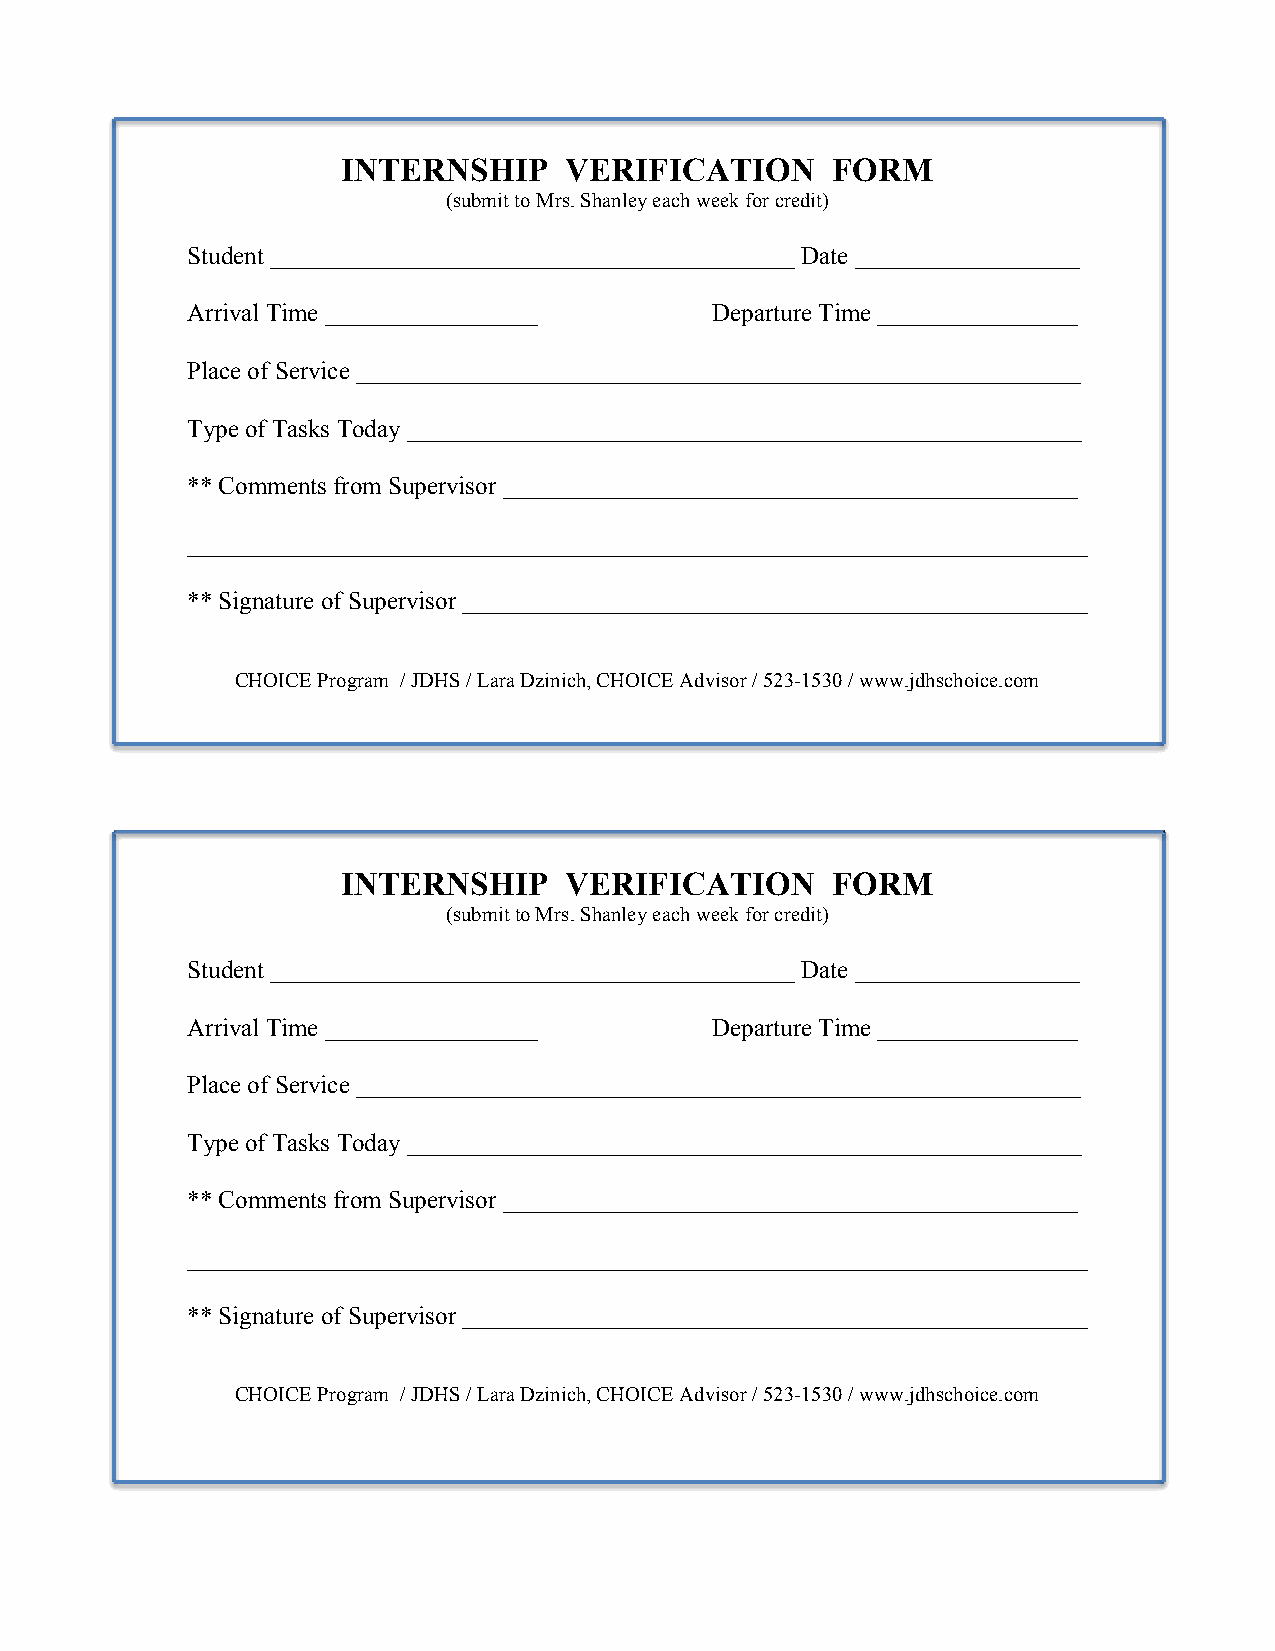
INTERNSHIP    VERIFICATION      FORM
 (submit to Mrs. Shanley each week for credit)
 Student __________________________________________ Date __________________
 Arrival Time _________________     Departure Time ________________
 Place of Service __________________________________________________________
 Type of Tasks Today ______________________________________________________
 ** Comments from Supervisor ______________________________________________
 ________________________________________________________________________
 ** Signature of Supervisor __________________________________________________
 CHOICE Program / JDHS / Lara Dzinich, CHOICE Advisor / 523-1530 / www.jdhschoice.com
 INTERNSHIP    VERIFICATION      FORM
 (submit to Mrs. Shanley each week for credit)
 Student __________________________________________ Date __________________
 Arrival Time _________________     Departure Time ________________
 Place of Service __________________________________________________________
 Type of Tasks Today ______________________________________________________
 ** Comments from Supervisor ______________________________________________
 ________________________________________________________________________
 ** Signature of Supervisor __________________________________________________
 CHOICE Program / JDHS / Lara Dzinich, CHOICE Advisor / 523-1530 / www.jdhschoice.com